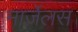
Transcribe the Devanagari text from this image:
मार्ज़ेलस